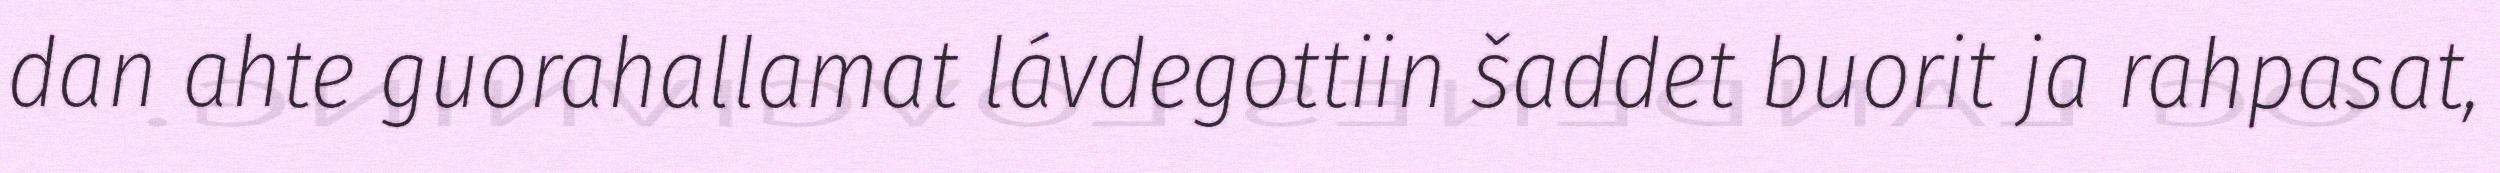
dan ahte guorahallamat lávdegottiin šaddet buorit ja rahpasat,